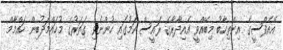
އޭއެފްސީގެ އިންތިހާބު މިބޭއްވީ އެއިދާރާގެ ރައީސް ކަމުގައި ހުންނެވި ގަތަރުގެ މުހައްމަދުބިން ހައްމާމް